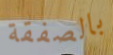
بالصفقة